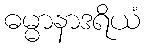
ဓမ္မာနာဒရိယံ